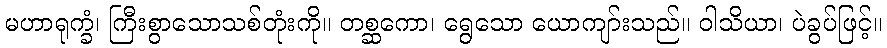
မဟာရုက္ခံ၊ ကြီးစွာသောသစ်တုံးကို။ တစ္ဆကော၊ ရွေသော ယောကျာ်းသည်။ ဝါသိယာ၊ ပဲခွပ်ဖြင့်။